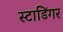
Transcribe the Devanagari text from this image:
स्टाडिंगर